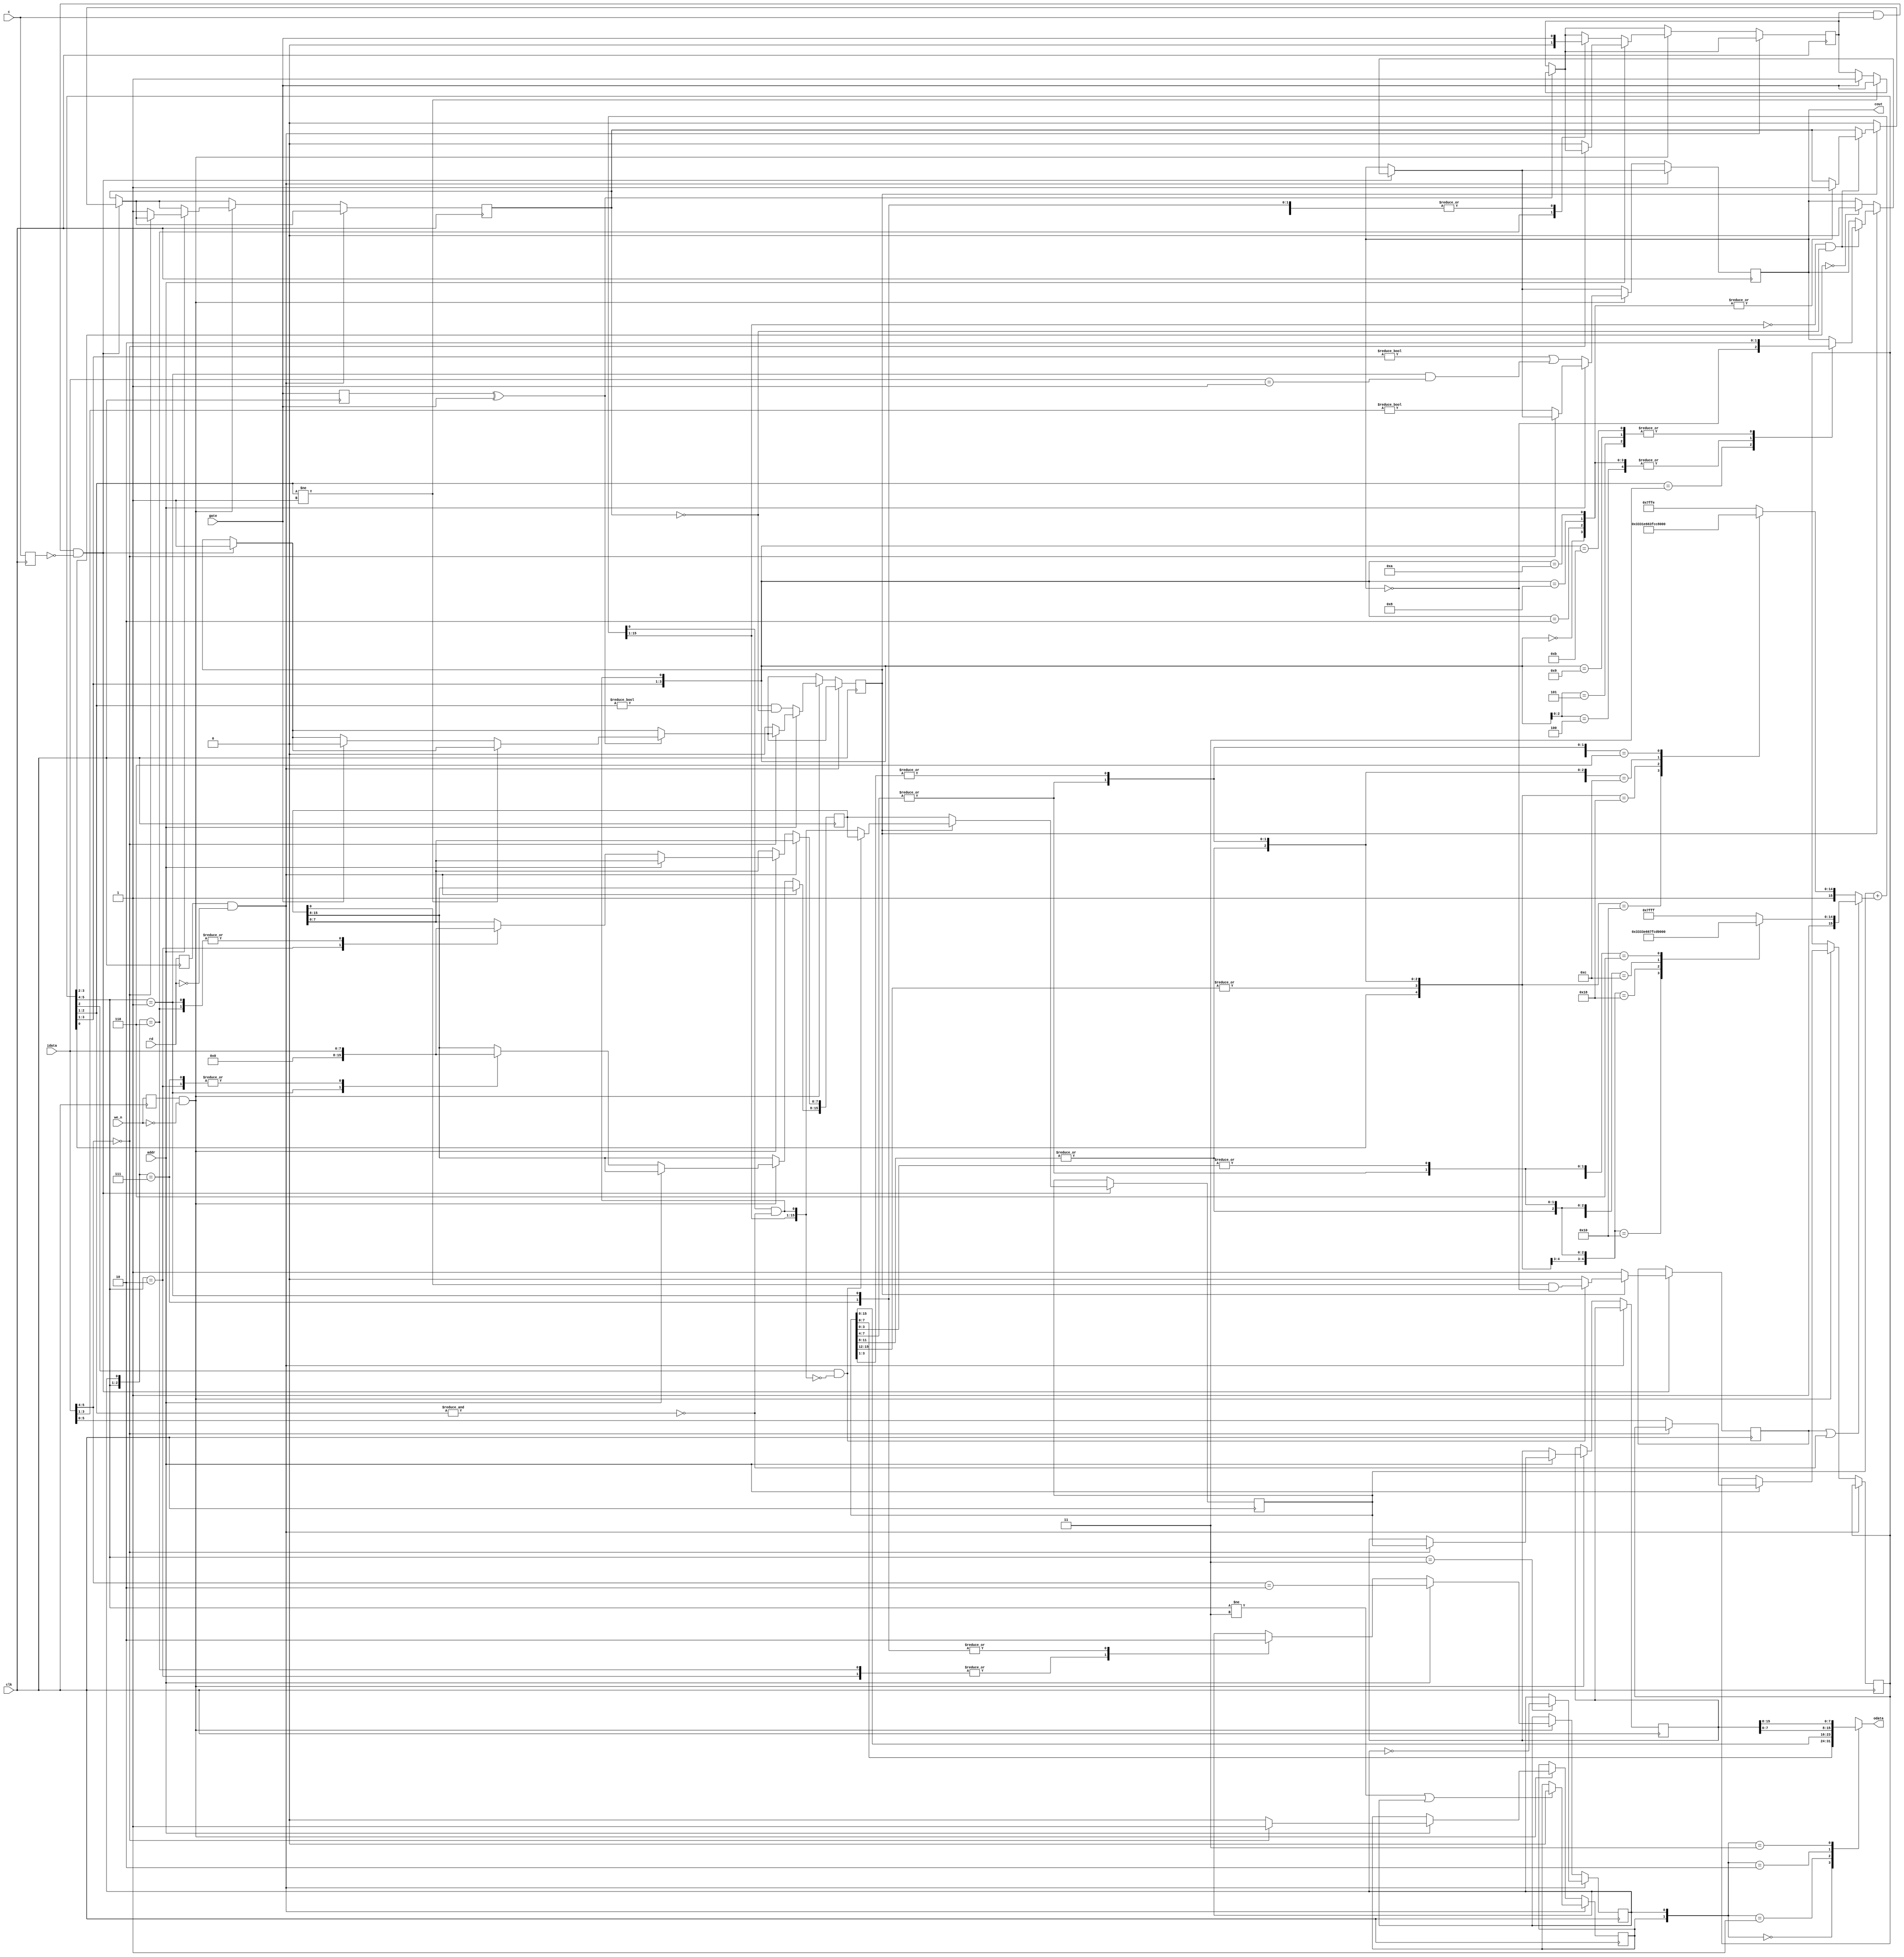
module k580wi53channel(input clk, input c, input gate, output reg cout,
	input addr, input rd, input we_n, input[7:0] idata, output reg[7:0] odata);
reg[5:0]  mode;
reg[15:0] init;
reg[15:0] cntlatch;
reg[15:0] counter;
reg[15:0] sub1;
reg[15:0] sub2;
reg enabled;
reg latched;
reg loaded;
reg ff;
reg first;
reg done;
reg exc;
reg exgate;
reg exrd;
reg exwe_n;
always @(*)
	case ({latched,ff})
	2'b00: odata = counter[7:0];
	2'b01: odata = counter[15:8];
	2'b10: odata = cntlatch[7:0];
	2'b11: odata = cntlatch[15:8];
	endcase
always @(*)
	casex ({mode[0],|counter[15:12],|counter[11:8],|counter[7:4],|counter[3:0]})
	5'b10000: sub1 = 16'h9999;
	5'b11000: sub1 = 16'hF999;
	5'b1x100: sub1 = 16'hFF99;
	5'b1xx10: sub1 = 16'hFFF9;
	default:  sub1 = 16'hFFFF;
	endcase
always @(*)
	casex ({mode[0],|counter[15:12],|counter[11:8],|counter[7:4],|counter[3:1]})
	5'b10000: sub2 = 16'h9998;
	5'b11000: sub2 = 16'hF998;
	5'b1x100: sub2 = 16'hFF98;
	5'b1xx10: sub2 = 16'hFFF8;
	default:  sub2 = 16'hFFFE;
	endcase
wire[15:0] new1 = counter + (first|~&mode[2:1]?sub1:sub2);
wire[15:0] newvalue = {new1[15:1],new1[0]&~&mode[2:1]};
always @(posedge clk)
begin
	exc <= c; exgate <= gate; exrd <= rd; exwe_n <= we_n;
	if (enabled & c & ~exc) begin
		if (loaded) begin
			if (mode[2]==1'b1 && newvalue==0) begin
				counter <= init;
				first <= init[0]&~cout;
			end else begin
				counter <= newvalue;
				first <= 0;
			end
			if (newvalue[15:1]==0 && ~done) begin
				casex ({mode[3:1],newvalue[0]})
				4'b0000: {cout,done} <= 2'b11;
				4'b0010: {cout,done} <= 2'b11;
				4'bx100: cout <= 1'b1;
				4'bx101: cout <= 0;
				4'bx11x: cout <= ~cout;
				4'b1000: {cout,done} <= 2'b11;
				4'b1001: cout <= 0;
				4'b1010: {cout,done} <= 2'b11;
				4'b1011: cout <= 0;
				endcase
			end
		end else begin
			counter <= init; loaded <= 1'b1; first <= 1'b1; done <= 0;
			if (mode[3:2]==0) cout <= 0;
		end
	end
	if (exgate ^ gate) begin
		if (mode[2:1]!=2'b01) enabled <= gate;
		else if (gate) begin loaded <= 0; enabled <= 1; end
	end
	if (exrd & ~rd) begin
		if (mode[5:4]==2'b11) ff <= ~ff;
		if (mode[5:4]!=2'b11 || ff) latched <= 0;
	end else
	if (exwe_n & ~we_n) begin
		if (addr) begin
			if (idata[5:4]==0) begin
				cntlatch <= counter; latched <= 1;
			end else begin
				mode <= idata[5:0]; enabled <= 0; loaded <= 0; done <= 1'b1;
				latched <= 0; cout <= idata[3:1]!=0;
			end
			ff <= idata[5:4]==2'b10;
		end else begin
			casex ({mode[5:4],ff})
			3'b01x: begin init <= {8'h00,idata}; enabled <= gate; ff <= 0; end
			3'b10x: begin init <= {idata,8'h00}; enabled <= gate; ff <= 1; end
			3'b110: begin init[7:0] <= idata; enabled <= 0; ff <= 1; end
			3'b111: begin init[15:8] <= idata; enabled <= gate; ff <= 0; end
			endcase
			loaded <= mode[2:1]!=0 & ~done;
			cout <= mode[3:1]!=0||(mode[5:4]==2'b01&&idata==8'b1);
		end
	end
end
endmodule